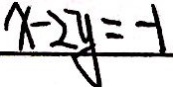
x - 2 y = - 1